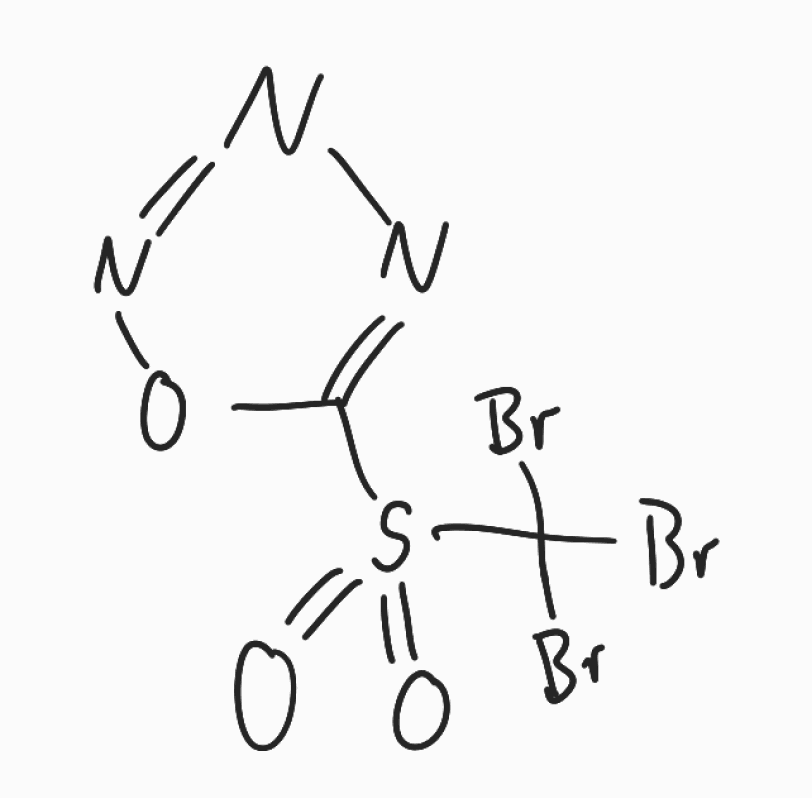
Simplified molecular-input line-entry system (SMILES) notation of the given molecule:
C1(=NN=NO1)S(=O)(=O)C(Br)(Br)Br